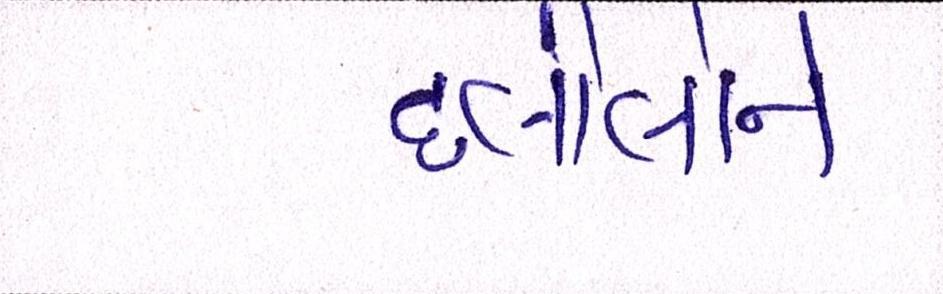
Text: દલીલોને